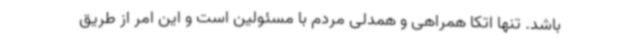
باشد. تنها اتکا همراهی و همدلی مردم با مسئولین است و این امر از طریق